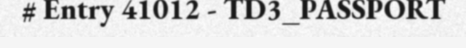
# Entry 41012 - TD3_PASSPORT